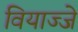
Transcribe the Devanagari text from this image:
वियाज्जे